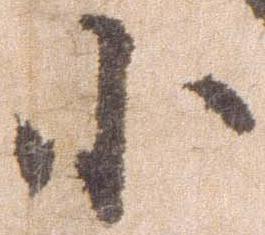
小